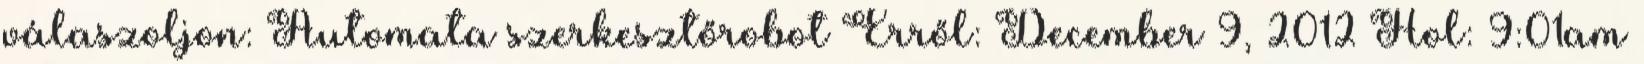
válaszoljon: Automata szerkesztőrobot Erről: December 9, 2012 Hol: 9:01am